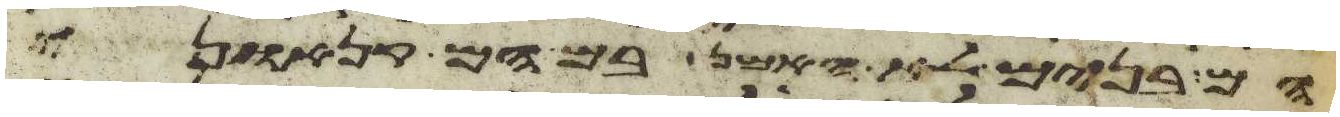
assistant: הם בנים לא האמן בם הם קנאוני